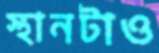
স্থানটাও